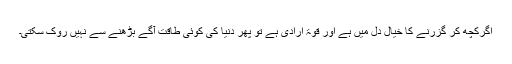
اگرکچھ کر گزرنے کا خیال دل میں ہے اور قوۃ ارادی ہے تو پھر دنیا کی کوئی طاقت آگے بڑھنے سے نہیں روک سکتی۔